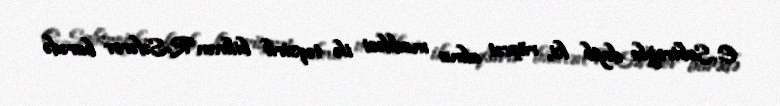
E.Sabiroğlu deyib ki, rüşvət alma maddəsi ilə təqsirli bilinən R.Səfərov barədə